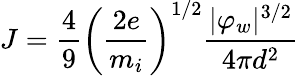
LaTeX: J={\frac{4}{9}}\left({\frac{2e}{m_{i}}}\right)^{1/2}{\frac{|\varphi_{w}|^{3/2}}{4\pi d^{2}}}